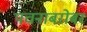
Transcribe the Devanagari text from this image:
पचनाबरोबर